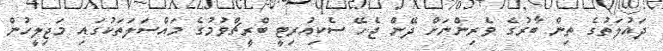
ދައުލަތުގެ ތިން ބާރުގެ ވެރިންނަށް ދޭން ޖެހޭ ސެކިއުރިޓީ ބްރީޗްވުމުގެ މައްސަލަތަކުގައި މަޖިލީހުން